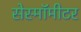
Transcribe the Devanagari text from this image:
सेस्मॉमीटर